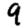
Digit: 9